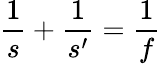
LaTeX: {\frac{1}{s}}+{\frac{1}{s^{\prime}}}={\frac{1}{f}}